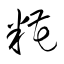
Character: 糀